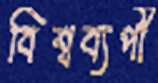
বিশ্বব্যপী